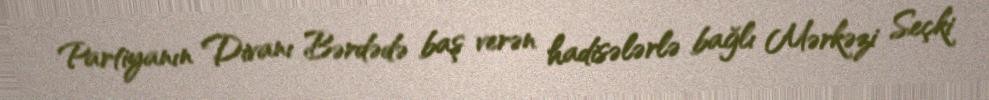
Partiyanın Divanı Bərdədə baş verən hadisələrlə bağlı Mərkəzi Seçki